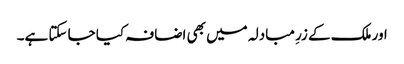
اور ملک کے زرِ مبادلہ میں بھی اضافہ کیا جا سکتا ہے۔